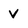
Character: v